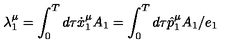
\lambda _ { 1 } ^ { \mu } = \int _ { 0 } ^ { T } d \tau \dot { x } _ { 1 } ^ { \mu } A _ { 1 } = \int _ { 0 } ^ { T } d \tau \hat { p } _ { 1 } ^ { \mu } A _ { 1 } / e _ { 1 }